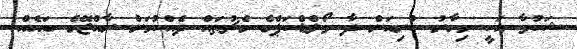
ޝަކުވާ އަކީ މިހާރު ކުރިއަށް ދާ ވޯލްޑްކަޕްގެ މެޗުތައް ދެއްކުމަށް ރާއްޖޭގެ ބައެއް